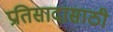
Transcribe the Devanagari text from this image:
प्रतिसादासाठी